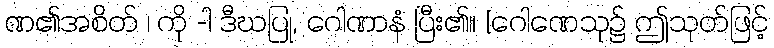
ဏ၏အစိတ် ၊ ကို -ါ ဒီဃပြု, ဂေါဏာနံ ပြီး၏။ [ဂေါဏေသု၌ ဤသုတ်ဖြင့်